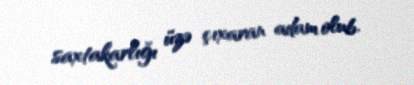
saxtakarlığı üzə çıxaran adam olub.